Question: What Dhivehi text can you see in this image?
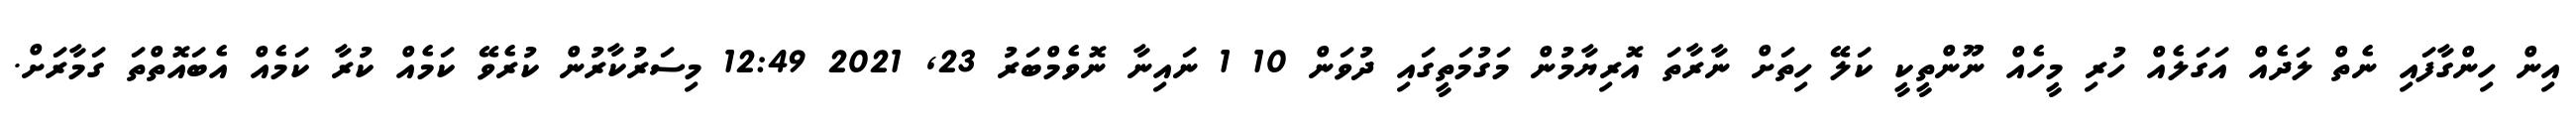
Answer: އިން ހިންގާފައި ނެތް ލަދެއް އަގަލެއް ހުރި މީހެއް ނޫންތީކީ ކަލޭ ހިތަށް ނާރާތަ އޮރިޔާމުން މަގުމަތީގައި ދުވަން 10 1 ނައިނާ ނޮވެމްބަރު 23, 2021 12:49 މިސަރުކާރުން ކުރެވޭ ކަމެއް ކުރާ ކަމެއް އެބައޮތްތަ ގަމާރަށް.